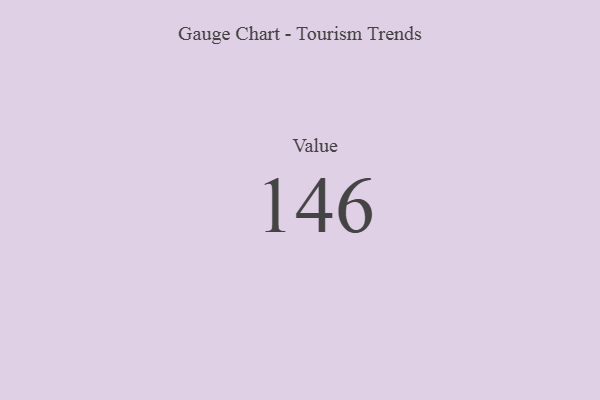
{"axis": {"x": "Metric", "y": "Value"}, "legend": [""], "data": [{"x": "Value", "y": 146, "type": ""}]}